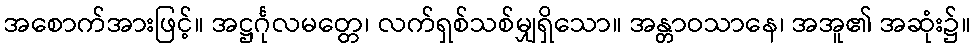
အစောက်အားဖြင့်။ အဋ္ဌင်္ဂုလမတ္တေ၊ လက်ရှစ်သစ်မျှရှိသော။ အန္တာဝသာနေ၊ အအူ၏ အဆုံး၌။